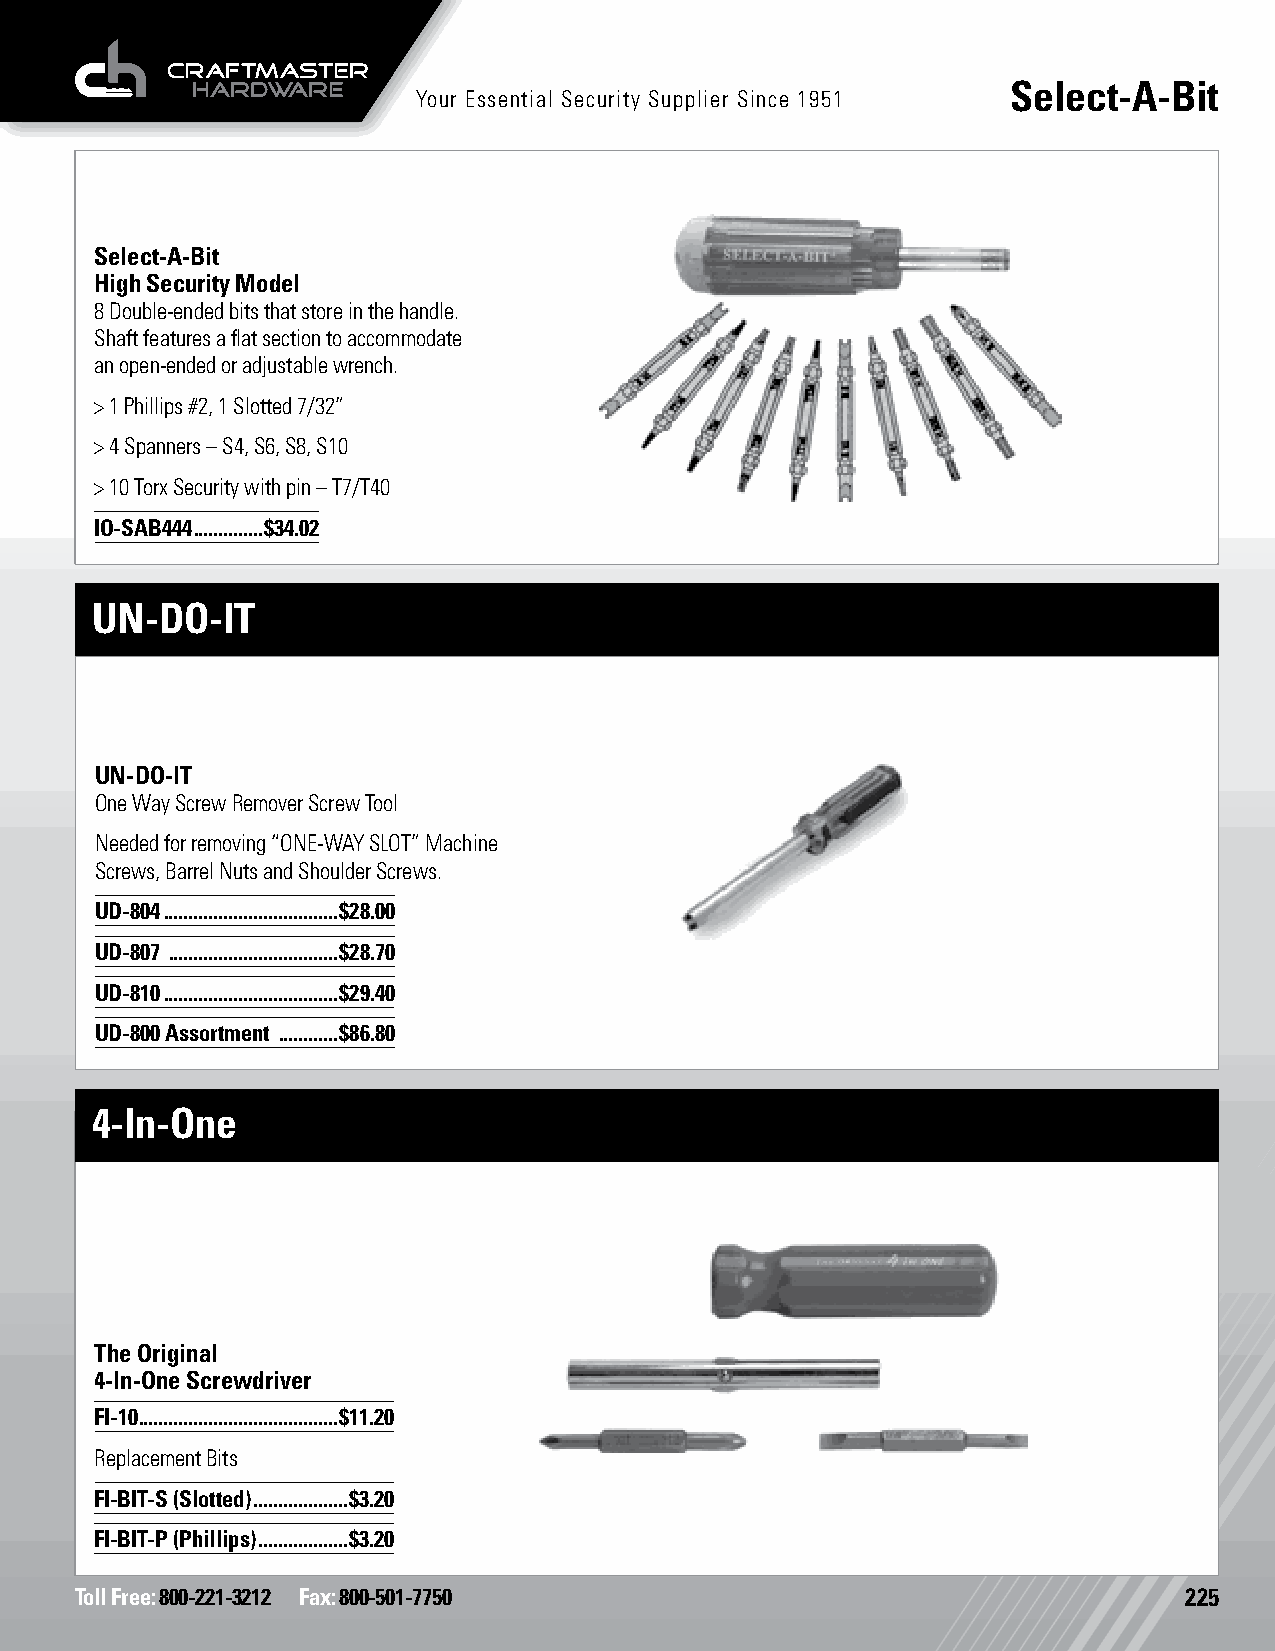
Select-A-Bit
 Your Essential Security Supplier Since 1951
 Select-A-Bit
 High Security Model
 8 Double-ended bits that store in the handle.
 Shaft features a flat section to accommodate
 an open-ended or adjustable wrench.
 > 1 Phillips #2, 1 Slotted 7/32”
 > 4 Spanners – S4, S6, S8, S10
 > 10 Torx Security with pin – T7/T40
 IO-SAB444 ..............$34.02
 UN-DO-IT
 UN-DO-IT
 One Way Screw Remover Screw Tool
 Needed for removing “ONE-WAY SLOT” Machine
 Screws, Barrel Nuts and Shoulder Screws.
 UD-804 ...................................$28.00
 UD-807 ..................................$28.70
 UD-810 ...................................$29.40
 UD-800 Assortment ............$86.80
 4-In-One
 The Original
 4-In-One Screwdriver
 FI-10 ........................................$11.20
 Replacement Bits
 FI-BIT-S (Slotted) ...................$3.20
 FI-BIT-P (Phillips) ..................$3.20
 Toll Free: 800-221-3212 Fax: 800-501-7750                                225